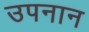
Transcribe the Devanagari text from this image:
उपनान